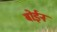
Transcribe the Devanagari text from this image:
बोईन